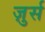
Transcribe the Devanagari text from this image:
ज़ुर्स